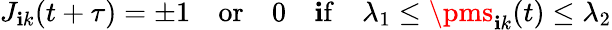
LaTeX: J_{\mathbf{i}k}(t+\tau)=\pm1\quad\mathrm{{or}}\quad0\quad\mathrm{{\mathbf{i}f}}\quad\lambda_{1}\leq\pms_{\mathbf{i}k}(t)\leq\lambda_{2}